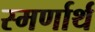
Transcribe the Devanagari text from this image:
स्मर्णार्थ